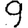
Digit: 9